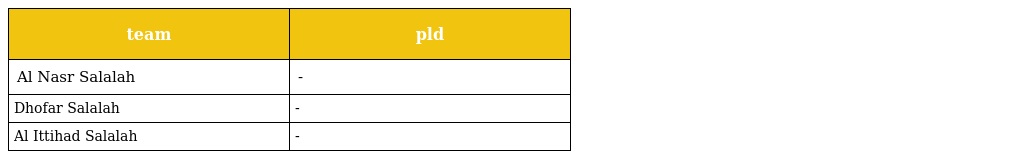
| team | pld |
 | --- | --- |
 | Al Nasr Salalah | - |
 | Dhofar Salalah | - |
 | Al Ittihad Salalah | - |